Indian journal of veterinary science and animal husbandry - Volumes 28-29, 1958-1959
Year: 1958
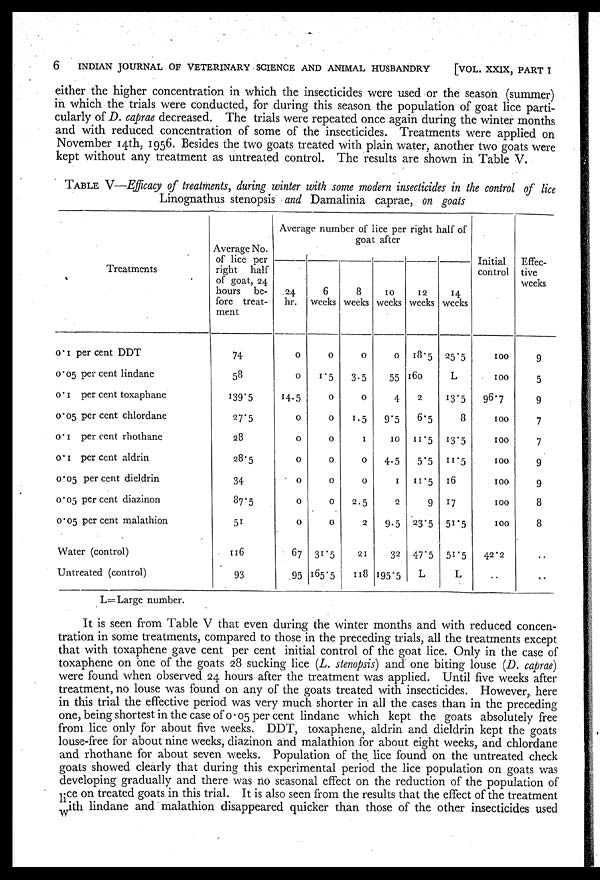
6
INDIAN JOURNAL OF VETERINARY SCIENCE AND ANIMAL HUSBANDRY
[VOL. XXIX, PART I
either the higher concentration in which the insecticides were used or the season (summer)
in which the trials were conducted, for during this season the population of goat lice parti-
cularly of D. caprae decreased. The trials were repeated once again during the winter months
and with reduced concentration of some of the insecticides. Treatments were applied on
November 14th, 1956. Besides the two goats treated with plain water, another two goats were
kept without any treatment as untreated control. The results are shown in Table V.
TABLE V—Efficacy of treatments, during winter with some modern insecticides in the control of lice
Linognathus stenopsis and Damalinia caprae, on goats
Treatments
0.1 per cent DDT
0.05 per cent lindane
0.1 per cent toxaphane
0.05 per cent chlordane
0.1 per cent rhothane
0.1 per cent aldrin
0.05 per cent dieldrin
0.05 per cent diazinon
0.05 per cent malathion
Water (control)
Untreated (control)
Average No.
of lice per
right half
of goat, 24
hours be-
fore treat-
ment
74
58
139.5
27.5
28
28.5
34
87.5
51
116
93
Average number of lice per right half of
goat after
24
hr.
0
0
14.5
0
0
0
0
0
0
67
95
6
weeks
0
1.5
0
0
0
0
0
0
0
31.5
165.5
8
weeks
0
3.5
0
1.5
1
0
0
2.5
2
21
118
10
weeks
0
55
4
9.5
10
4.5
1
2
9.5
32
195.5
12
weeks
18.5
160
2
6.5
11.5
5.5
11.5
9
23.5
47.5
L
14
weeks
25.5
L
13.5
8
13.5
11.5
16
17
51.5
51.5
L
Initial
control
100
100
96.7
100
100
100
100
100
100
42.2
. .
Effec-
tive
weeks
9
5
9
7
7
9
9
8
8
. .
. .
L=Large number.
It is seen from Table V that even during the winter months and with reduced concen-
tration in some treatments, compared to those in the preceding trials, all the treatments except
that with toxaphene gave cent per cent initial control of the goat lice. Only in the case of
toxaphene on one of the goats 28 sucking lice (L. stenopsis) and one biting louse (D. caprae)
were found when observed 24 hours after the treatment was applied. Until five weeks after
treatment, no louse was found on any of the goats treated with insecticides. However, here
in this trial the effective period was very much shorter in all the cases than in the preceding
one, being shortest in the case of 0.05 per cent lindane which kept the goats absolutely free
from lice only for about five weeks. DDT, toxaphene, aldrin and dieldrin kept the goats
louse-free for about nine weeks, diazinon and malathion for about eight weeks, and chlordane
and rhothane for about seven weeks. Population of the lice found on the untreated check
goats showed clearly that during this experimental period the lice population on goats was
developing gradually and there was no seasonal effect on the reduction of the population of
lice on treated goats in this trial. It is also seen from the results that the effect of the treatment
with lindane and malathion disappeared quicker than those of the other insecticides used